Civil Veterinary Department. Madras. Admin. report 1926-33 - 1926-1933
Year: 1926
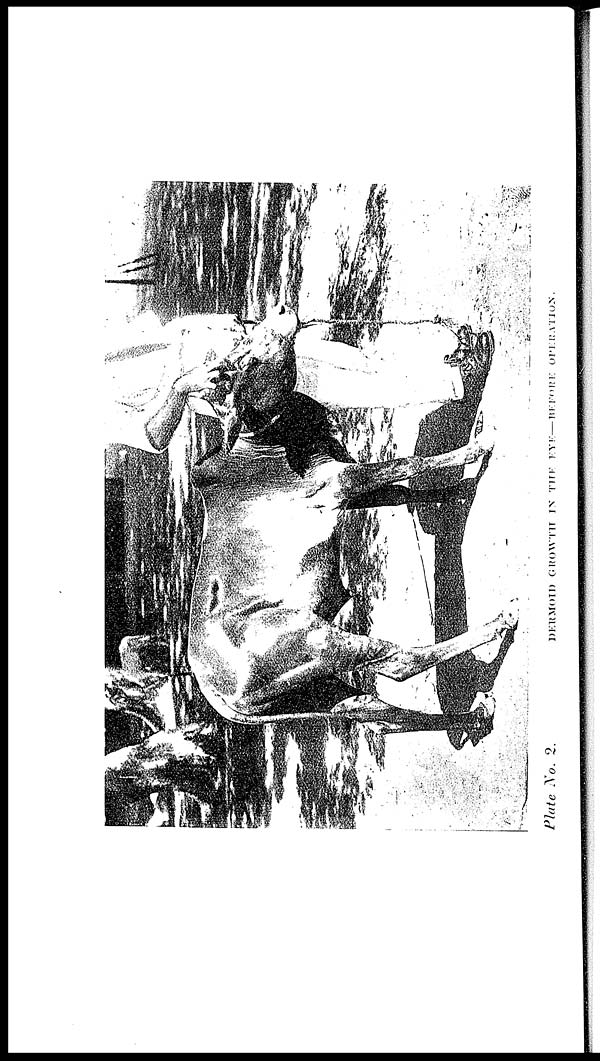
Plate No. 2.
DERMOID
GROWTH
IN
THE
EYE—BEFORE
OPERATION.